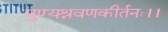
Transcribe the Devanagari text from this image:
पुण्यश्रवणकीर्तनः।।